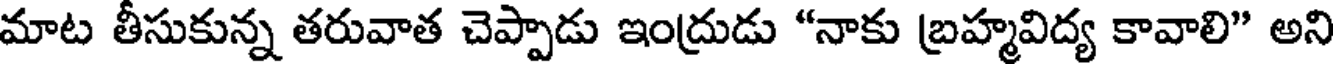
మాట తీసుకున్న తరువాత చెప్పాడు ఇంద్రుడు "నాకు బ్రహ్మవిద్య కావాలి" అని